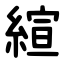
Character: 縇